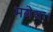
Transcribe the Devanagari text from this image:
मगेया।